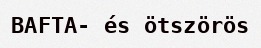
BAFTA- és ötszörös